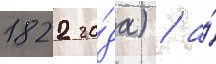
1822 го́да) / а́